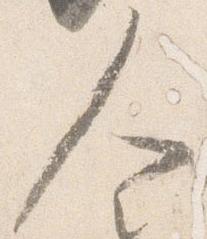
人